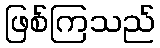
ဖြစ်ကြသည်